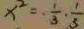
x ^ { 2 } = - \frac { 1 } { 3 } \cdot \frac { 1 } { 3 }